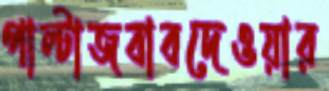
পাল্টাজবাবদেওয়ার